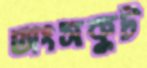
অংসকুট